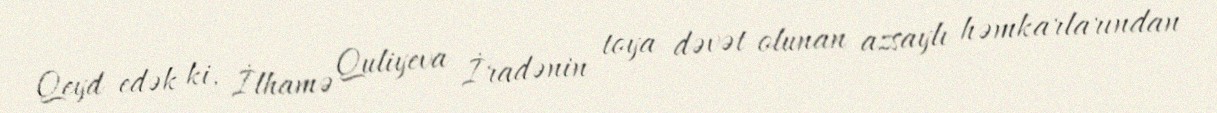
Qeyd edək ki, İlhamə Quliyeva İradənin toya dəvət olunan azsaylı həmkarlarından